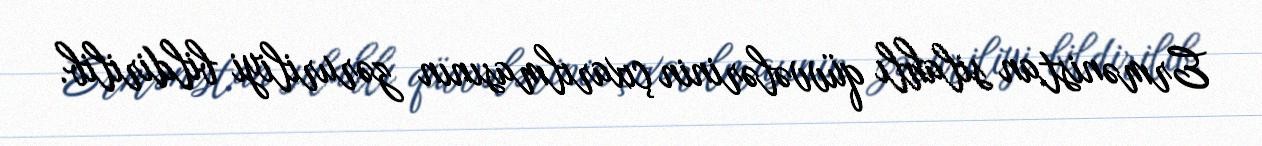
Ermənistan silahlı qüvvələrinin çıxarılmasının zəruriliyi bildirilib.